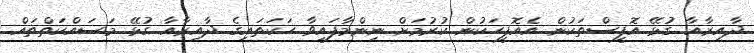
ދާއިރާއާ ގުޅޭ އޮފީސްތަކުން އެއޮފީހަކުން ކުރުމަށް ނިންމާފައިވާ ހަކަތައިގެ ދާއިރާއާ ގުޅޭ މަސައްކަތްތައް